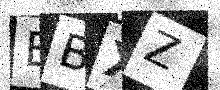
Text: EBXZ